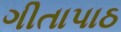
ગીતાપાઠ